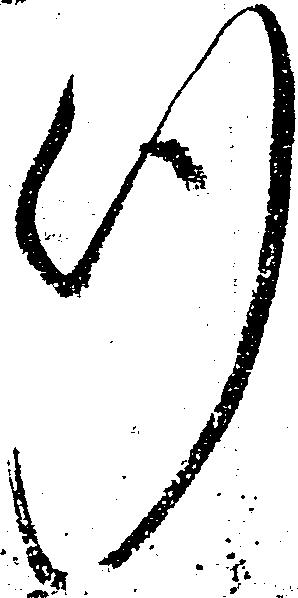
行